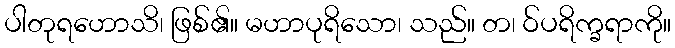
ပါတုရဟောသိ၊ ဖြစ်၏။ မဟာပုရိသော၊ သည်။ တ၊ ဝ်ပရိက္ခရာကို။